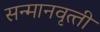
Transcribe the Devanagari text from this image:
सन्‍मानवृत्‍ती